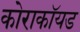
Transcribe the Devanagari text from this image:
कोराकॉयड